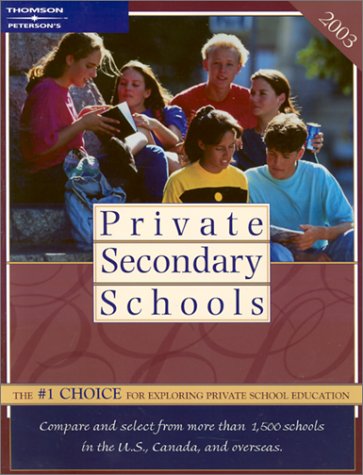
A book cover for Private Secondary Schools 2002-2003 (Peterson's Private Secondary Schools); Peterson's; Test Preparation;